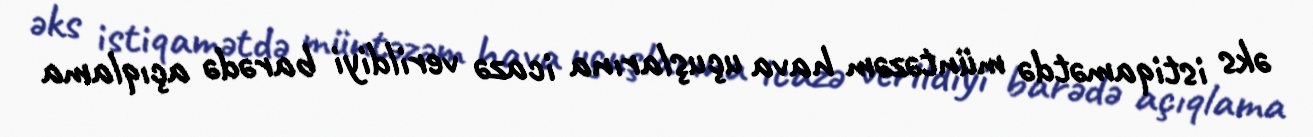
əks istiqamətdə müntəzəm hava uçuşlarına icazə verildiyi barədə açıqlama